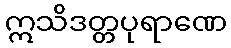
ဣသိဒတ္တပုရာဏေ